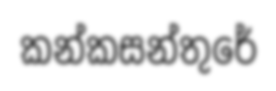
කන්කසන්තුරේ